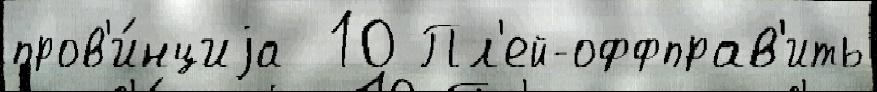
пров'и́нциjа  10 Пл'ей-оффправ'ить